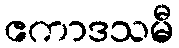
ဧကာဒသမီ